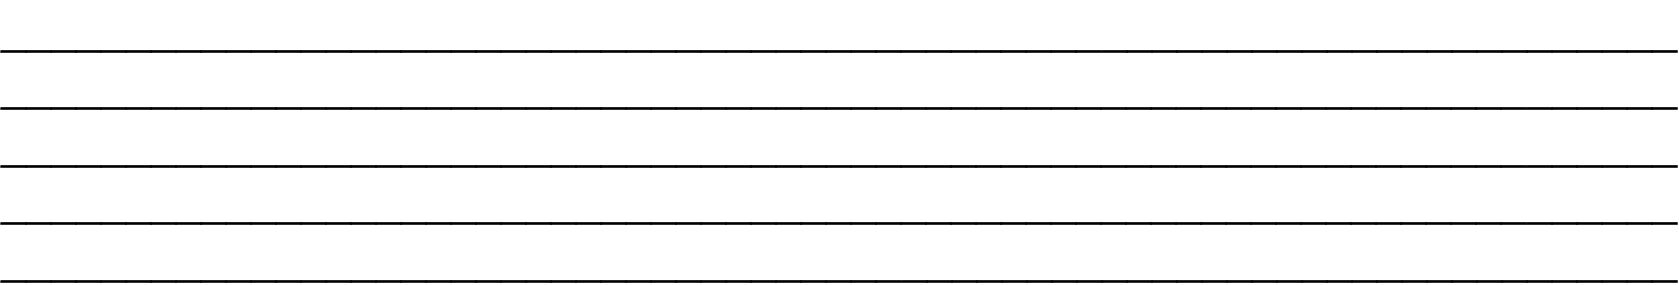
___________________________________________________________________ ___________________________________________________________________ ___________________________________________________________________ ___________________________________________________________________ ___________________________________________________________________